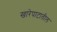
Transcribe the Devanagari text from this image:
खारेपाटातील